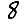
Digit: 8